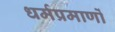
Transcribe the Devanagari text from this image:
धर्मप्रमाणों